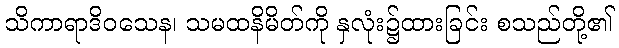
သိကာရာဒိဝသေန၊ သမထနိမိတ်ကို နှလုံး၌ထားခြင်း စသည်တို့၏